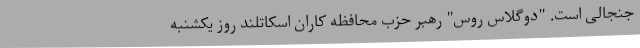
جنجالی است. "دوگلاس روس" رهبر حزب محافظه کاران اسکاتلند روز یکشنبه